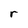
Character: r